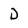
Character: D